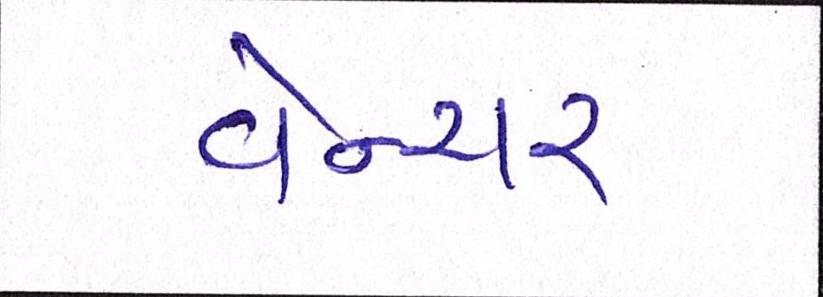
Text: વેન્ચર